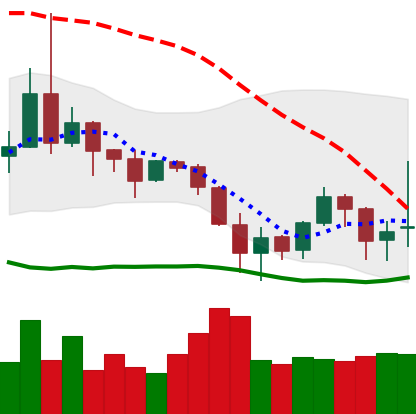
Ticker: DOGE-USD
Chart end date: 2019-08-23
Forward return: -6.966%
Label: down_5_7